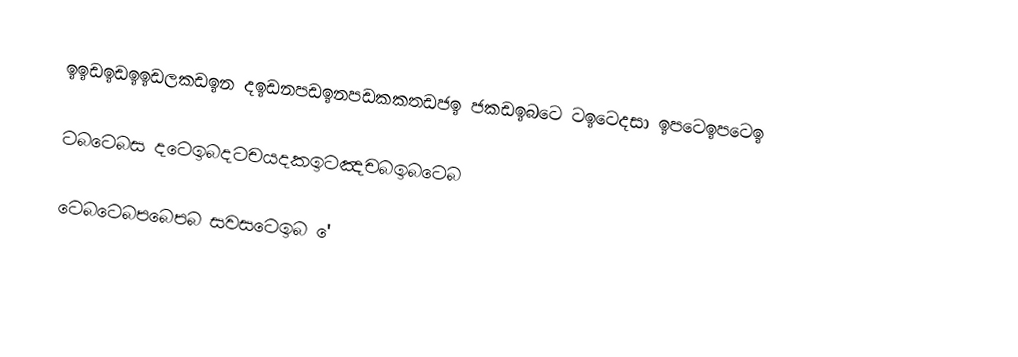
ඉඉඩඉඩඉඉඩලකඩඉන   දඉඩනපඩඉනපඩකකතඩජඉ  ජකඩඉබටෙ ටඉටෙදසා ඉපටෙඉපටෙඉ

ටබටෙබස දටෙඉබදටචයදකඉටඤචබඉබටෙබ

ටෙබටෙබපබෙපබ සවසටෙඉබ '‍ෙ